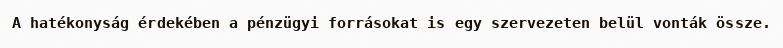
A hatékonyság érdekében a pénzügyi forrásokat is egy szervezeten belül vonták össze.